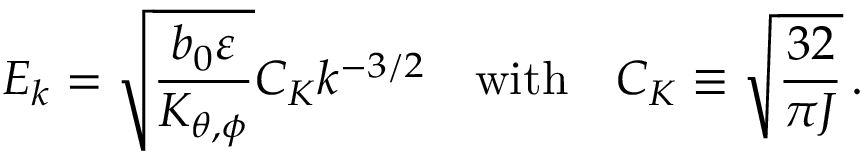
E _ { k } = \sqrt { \frac { b _ { 0 } \varepsilon } { K _ { \theta , \phi } } } C _ { K } k ^ { - 3 / 2 } \quad \mathrm { w i t h } \quad C _ { K } \equiv \sqrt { \frac { 3 2 } { \pi J } } \, .